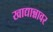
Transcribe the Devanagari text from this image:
खाद्यान्नावर